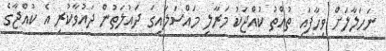
ނަހަލާލަށް ވިހާފައި ތުއްތު ކުއްޖަކު މަރާލި މައްސަލައިގަ ދައުލަތުން ދައުވާކުރި އެ ކުއްޖާގެ